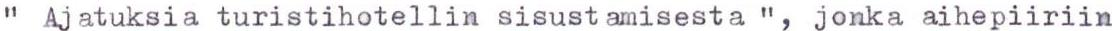
" Ajatuksia turistihotellin sisustamisesta ", jonka aihepiiriin